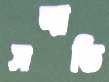
সম্মতি